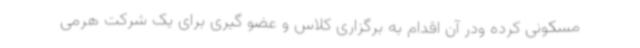
مسکونی کرده ودر آن اقدام به برگزاری کلاس و عضو گیری برای یک شرکت هرمی